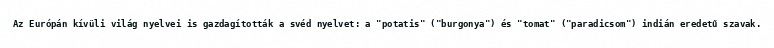
Az Európán kívüli világ nyelvei is gazdagították a svéd nyelvet: a "potatis" ("burgonya") és "tomat" ("paradicsom") indián eredetű szavak.